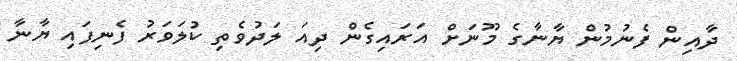
ދާއިން ފެނުމުން ޔާނާގެ މޫނަށް އަރައިގެން ދިއަ ލަދުވެތި ކުލަވަރު ފެނިފައި ޔާނާ